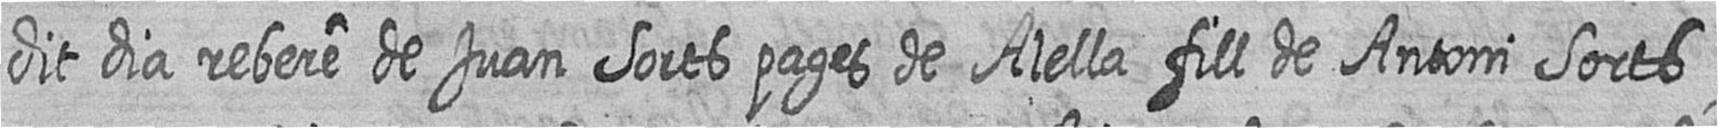
dit dia rebere de Juan Sorts pages de Alella fill de Antoni Sorts